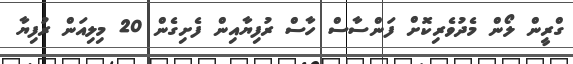
ގްރީން ލޯން މެދުވެރިކޮށް ފަންސާސް ހާސް ރުފިޔާއިން ފެށިގެން 20 މިލިއަން ރުފިޔާ